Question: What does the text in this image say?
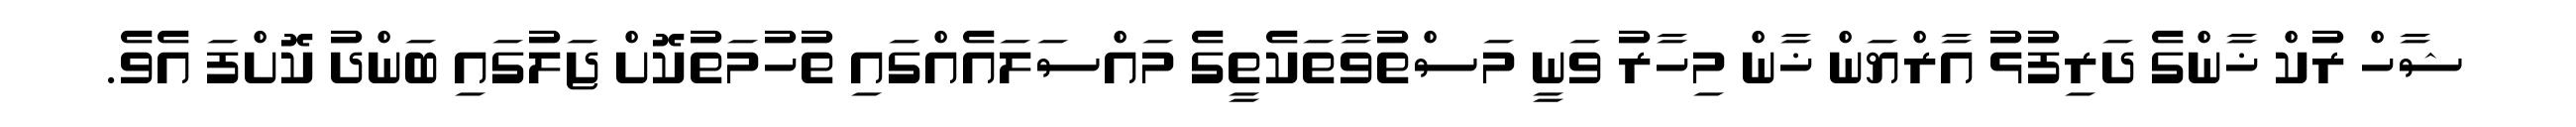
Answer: ޝާހް ރުކް ޚާންގެ ދަރިފުޅު އާރްޔަން ޚާން މިހާރު ވަނީ މަސްތުވާތަކެތީގެ މައްސަލައެއްގައި ތުހުމަތުކޮށް ޖަލުގައި ބަންދު ކޮށްފަ އެވެ.